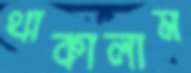
থাকালাম